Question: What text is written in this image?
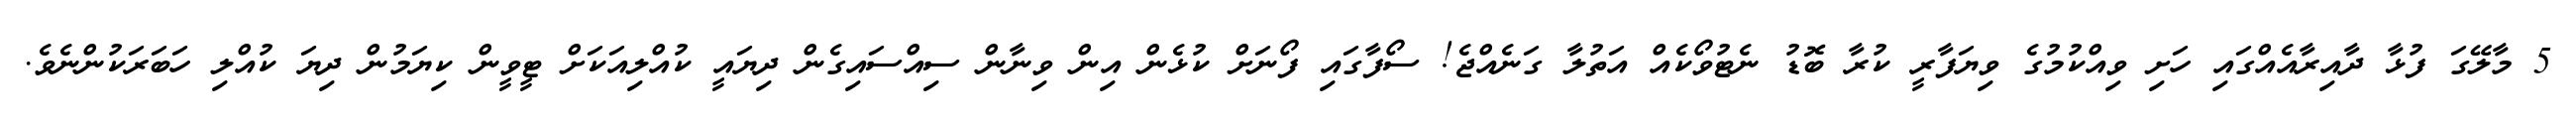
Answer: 5 މާލޭގަ ފުޅާ ދާއިރާއެއްގައި ހަށި ވިއްކުމުގެ ވިޔަފާރީ ކުރާ ބޮޑު ނެޓުވޯކެއް އަތުލާ ގަނެއްޖެ! ސޯފާގައި ފޯނަށް ކުޅެން އިން ވިނާން ސިއްސައިގެން ދިޔައީ ކުއްލިއަކަށް ޓީވީން ކިޔަމުން ދިޔަ ކުއްލި ހަބަރަކުންނެވެ.